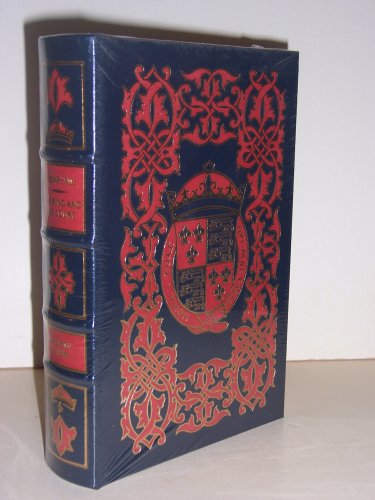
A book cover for Henry VIII: The King and His Court; Alison Weir; Biographies & Memoirs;